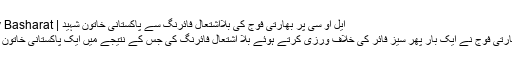
ایل او سی پر بھارتی فوج کی بلااشتعال فائرنگ سے پاکستانی خاتون شہید | The Daily Basharat - روزنامہ بشارت
مظفرآباد: لائن آف کنٹرول پر بھارتی فوج نے ایک بار پھر سیز فائر کی خلاف ورزی کرتے ہوئے بلا اشتعال فائرنگ کی جس کے نتیجے میں ایک پاکستانی خاتون شہید اور دوسری زخمی ہو گئی۔